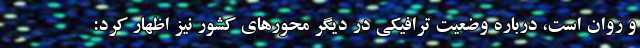
و روان است، درباره وضعیت ترافیکی در دیگر محورهای کشور نیز اظهار کرد: